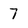
Character: 7